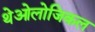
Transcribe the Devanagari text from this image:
थेओलोजिकल